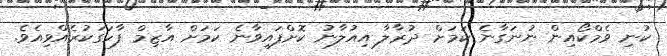
ކުނި ވެމްކޯއިން ނުނަގާނެ ކަމަށް ދުރާލާ އިއުލާނު ކޮށްފައިވާނެ ކަމަށް އާޒިމް ފާހަގަކުރެއްވިއެވެ.